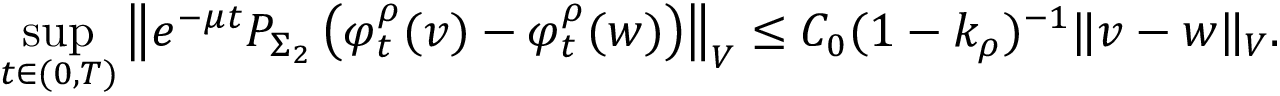
\operatorname* { s u p } _ { t \in ( 0 , T ) } \left\Vert e ^ { - \mu t } P _ { \Sigma _ { 2 } } \left( \varphi _ { t } ^ { \rho } ( v ) - \varphi _ { t } ^ { \rho } ( w ) \right) \right\Vert _ { V } \leq C _ { 0 } ( 1 - k _ { \rho } ) ^ { - 1 } \Vert v - w \Vert _ { V } .